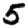
Digit: 5